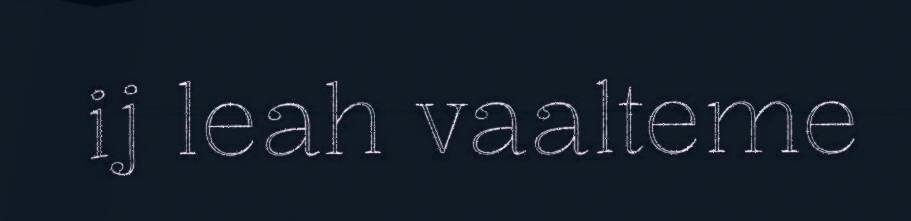
ij leah vaalteme